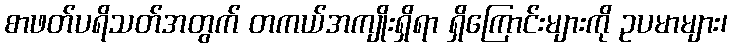
စာဖတ်ပရိသတ်အတွက် တကယ်အကျိုးရှိရာ ရှိကြောင်းများကို ဥပမာများ၊